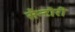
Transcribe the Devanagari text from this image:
सैन्टौरी